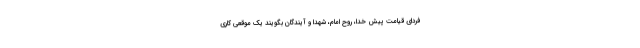
فردای قیامت پیش خدا، روح امام، شهدا و آیندگان بگویند یک موقعی کاری